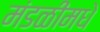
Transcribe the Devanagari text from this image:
मंडळींमधे